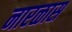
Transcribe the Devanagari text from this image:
नारळास